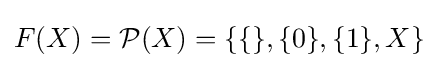
F(X)={\mathcal {P}}(X)=\{\{\},\{0\},\{1\},X\}